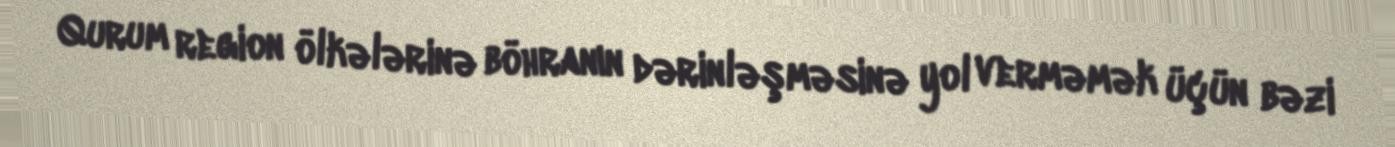
Qurum region ölkələrinə böhranın dərinləşməsinə yol verməmək üçün bəzi